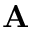
\mathbf { A }